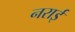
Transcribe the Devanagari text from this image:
नराई